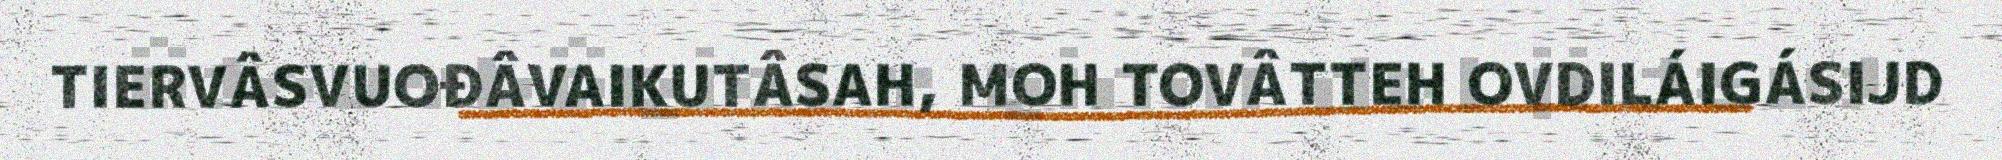
TIERVÂSVUOĐÂVAIKUTÂSAH, MOH TOVÂTTEH OVDILÁIGÁSIJD